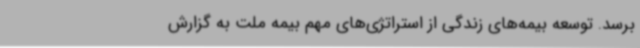
برسد. توسعه بیمه‌های زندگی از استراتژی‌های مهم بیمه ملت به گزارش